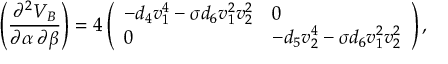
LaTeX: \left( \frac { \partial ^ { 2 } V _ { B } } { \partial \alpha \: \partial \beta } \right) = 4 \left( \begin{array} { l l } { { - d _ { 4 } v _ { 1 } ^ { 4 } - \sigma d _ { 6 } v _ { 1 } ^ { 2 } v _ { 2 } ^ { 2 } } } & { { 0 } } \\ { { 0 } } & { { - d _ { 5 } v _ { 2 } ^ { 4 } - \sigma d _ { 6 } v _ { 1 } ^ { 2 } v _ { 2 } ^ { 2 } } } \end{array} \right) ,